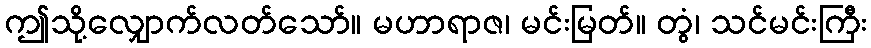
ဤသို့လျှောက်လတ်သော်။ မဟာရာဇ၊ မင်းမြတ်။ တွံ၊ သင်မင်းကြီး